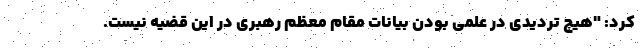
کرد: "هیچ تردیدی در علمی بودن بیانات مقام معظم رهبری در این قضیه نیست.